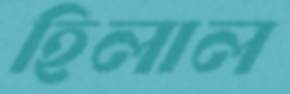
হিলাল